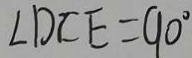
\angle D C E = 9 0 ^ { \circ }